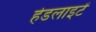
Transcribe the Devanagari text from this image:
हेडलाइटें